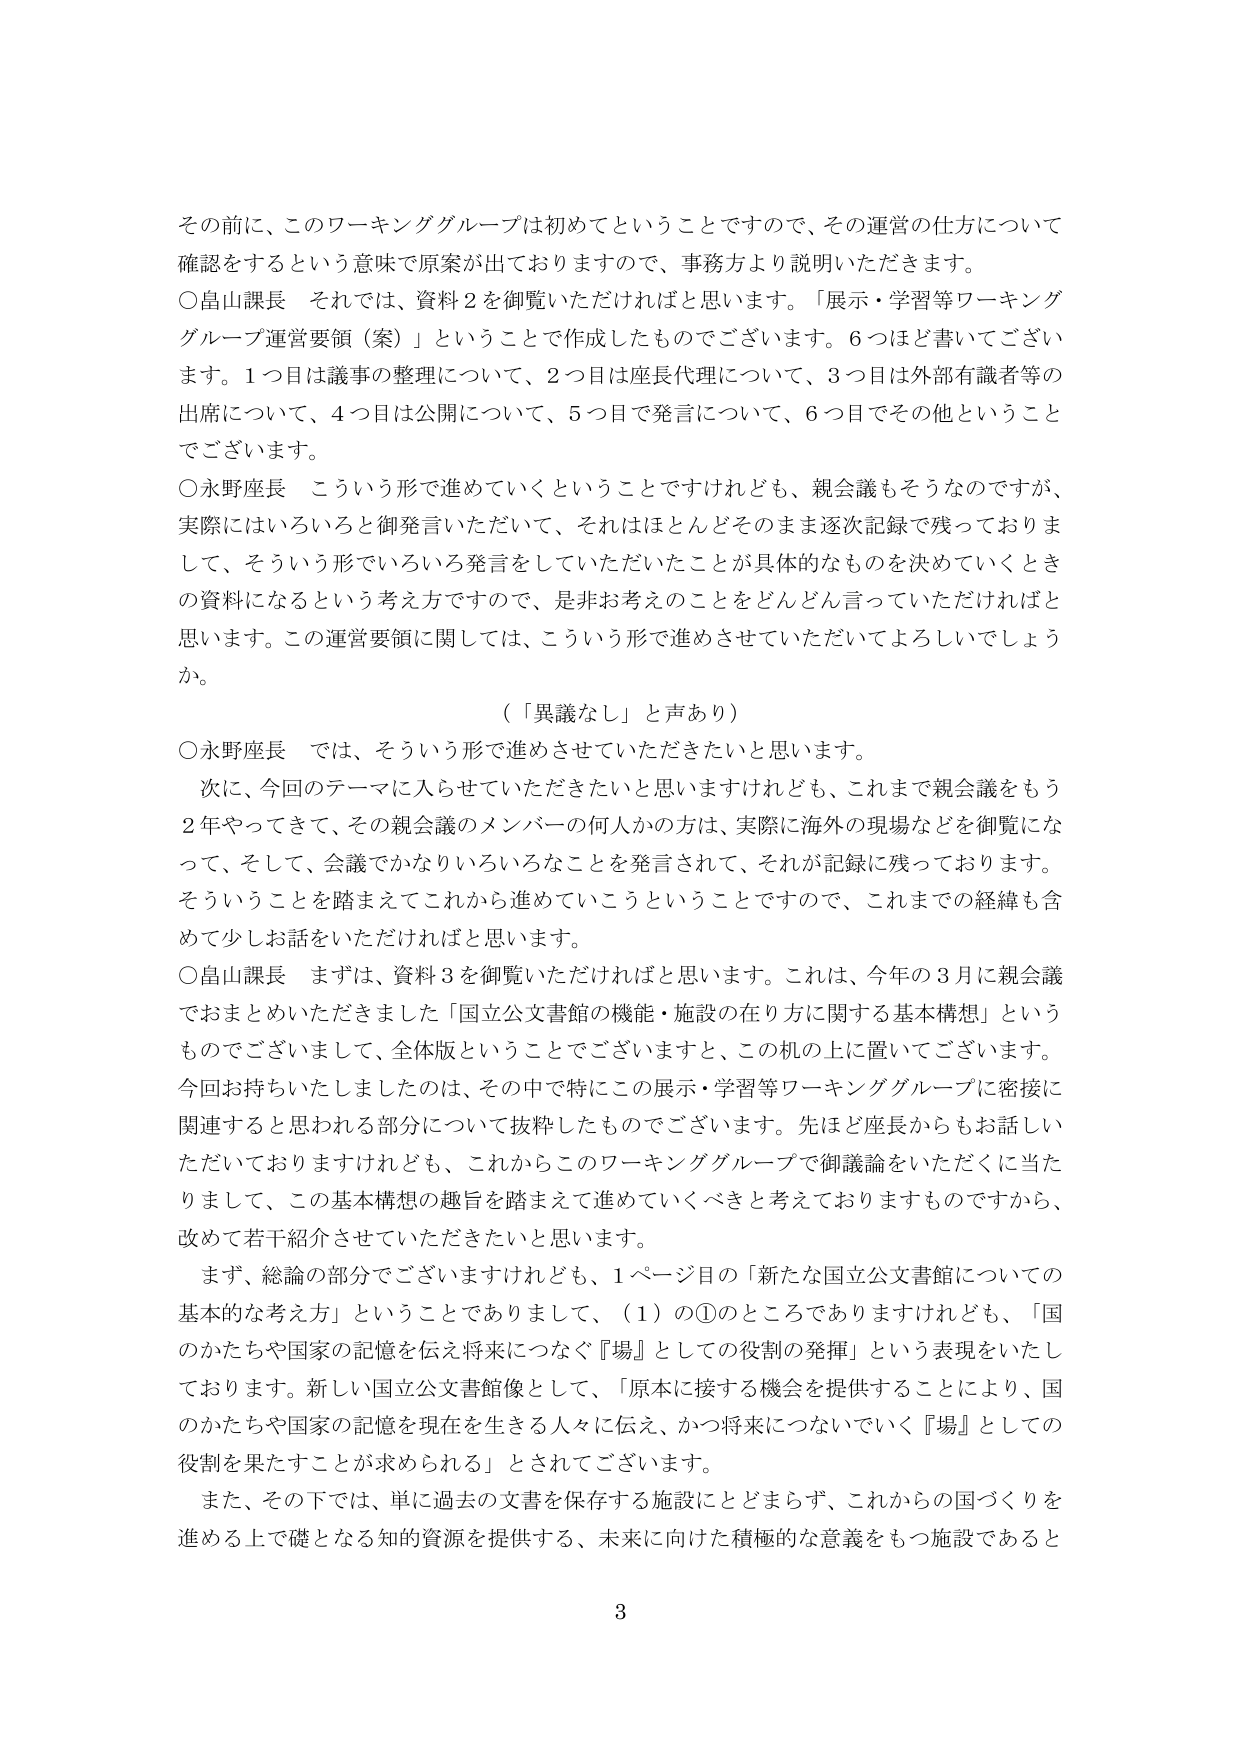
その前に、このワーキンググループは初めてということで、その運営の仕方について確認をするという意味で原案が出ておりますので、事務方より説明いただきます。

○畠山課長　それでは、資料２を御覧いただければと思います。「展示・学習等ワーキンググループ運営要領（案）」ということで作成したものでございます。６つほど書いてございます。１つ目は議事の整理について、２つ目は座長代理について、３つ目は外部有識者等の出席について、４つ目は公開について、５つ目で発言について、６つ目でその他ということでございます。

○永野座長　こういう形で進めていくということですけれども、親会議もそうなのですが、実際にはいろいろと御発言いただいて、それはほとんどそのまま逐次記録で残っておりまして、そういう形でいろいろ発言をしていただいたことが具体的なものに決めていくときの資料になるという考え方ですので、是非お考えのことをどんどん言っていただければと思います。この運営要領に関しては、こういう形で進めさせていただいてよろしいでしょうか。

（「異議なし」と声あり）

○永野座長　では、そういう形で進めさせていただきたいと思います。

　次に、今回のテーマに入らせていただきたいと思いますけれども、これまで親会議をもう２年やってきて、その親会議のメンバーの何人かの方は、実際に海外の現場などを御覧になって、そして、会議でかなりいろいろなことを発言されて、それが記録に残っております。そういうことを踏まえてこれから進めていこうということで、これまでの経緯も含めて少しお話をいただければと思います。

○畠山課長　まずは、資料３を御覧いただければと思います。これは、今年の３月に親会議でおまとめいただきました「国立公文書館の機能・施設の在り方に関する基本構想」というものでございまして、全体版ということでございますと、この机の上に置いてございます。今回お持ちいたしましたのは、その中で特にこの展示・学習等ワーキンググループに密接に関連するとと思われる部分について抜粋したものでございます。先ほど座長からもお話しいただいておりますけれども、これからこのワーキンググループで御議論をいただくに当たりまして、この基本構想の趣旨を踏まえて進めていくべきと考えておりますものですから、改めて若干紹介させていただきたいと思います。

　まず、総論の部分でございますけれども、１ページ目の「新たな国立公文書館についての基本的な考え方」ということでありまして、（１）の①のところでありますけれども、「国のかたちや国家の記憶を伝え将来につなぐ『場』としての役割の発揮」という表現をいたしております。新しい国立公文書館像として、「原本に接する機会を提供することにより、国のかたちや国家の記憶を現在を生きる人々に伝え、かつ将来につないでいく『場』としての役割を果たすことが求められる」とされてございます。

　また、その下では、単に過去の文書を保存する施設にとどまらず、これからの国づくりを進める上で礎となる知的資源を提供する、未来に向けた積極的な意義をもつ施設であると

3